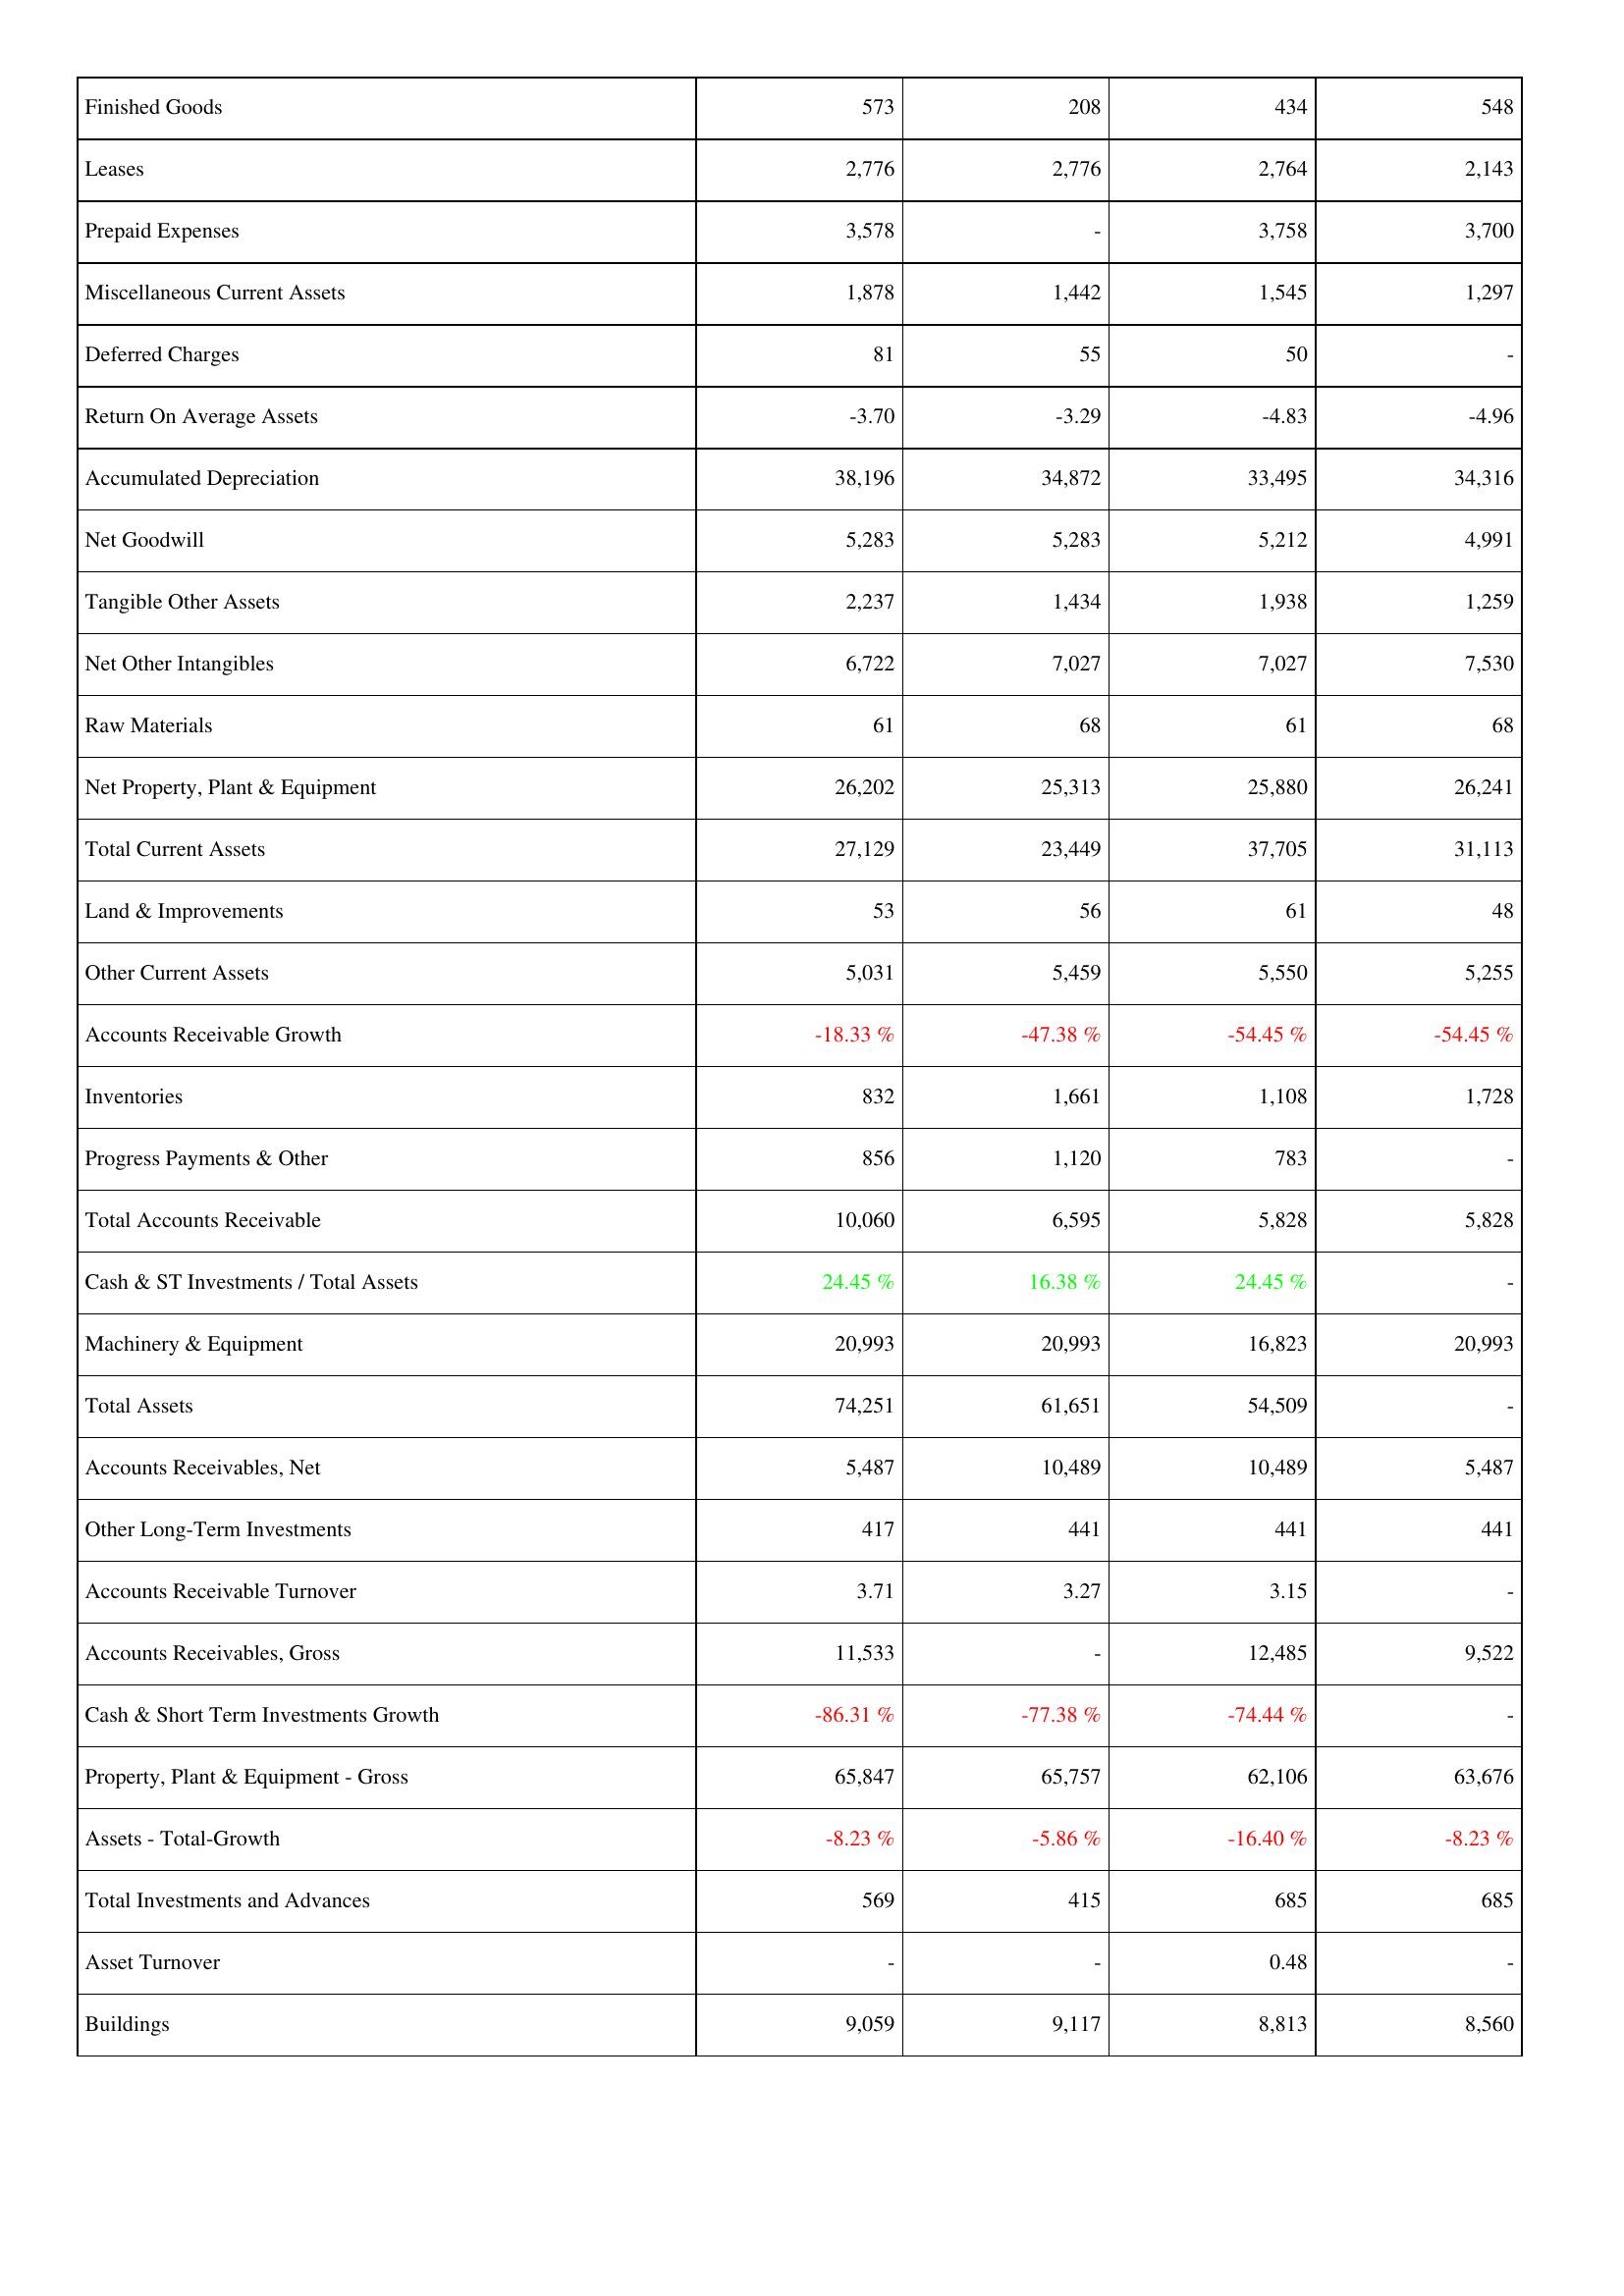
2013: Assets: Finished Goods: 573
Leases: 2,776
Prepaid Expenses: 3,578
Miscellaneous Current Assets: 1,878
Deferred Charges: 81
Return On Average Assets: -3.70
Accumulated Depreciation: 38,196
Net Goodwill: 5,283
Tangible Other Assets: 2,237
Net Other Intangibles: 6,722
Raw Materials: 61
Net Property, Plant & Equipment: 26,202
Total Current Assets: 27,129
Land & Improvements: 53
Other Current Assets: 5,031
Accounts Receivable Growth: -18.33 %
Inventories: 832
Progress Payments & Other: 856
Total Accounts Receivable: 10,060
Cash & ST Investments / Total Assets: 24.45 %
Machinery & Equipment: 20,993
Total Assets: 74,251
Accounts Receivables, Net: 5,487
Other Long-Term Investments: 417
Accounts Receivable Turnover: 3.71
Accounts Receivables, Gross: 11,533
Cash & Short Term Investments Growth: -86.31 %
Property, Plant & Equipment - Gross: 65,847
Assets - Total-Growth: -8.23 %
Total Investments and Advances: 569
Asset Turnover: -
Buildings: 9,059
2014: Assets: Finished Goods: 208
Leases: 2,776
Prepaid Expenses: -
Miscellaneous Current Assets: 1,442
Deferred Charges: 55
Return On Average Assets: -3.29
Accumulated Depreciation: 34,872
Net Goodwill: 5,283
Tangible Other Assets: 1,434
Net Other Intangibles: 7,027
Raw Materials: 68
Net Property, Plant & Equipment: 25,313
Total Current Assets: 23,449
Land & Improvements: 56
Other Current Assets: 5,459
Accounts Receivable Growth: -47.38 %
Inventories: 1,661
Progress Payments & Other: 1,120
Total Accounts Receivable: 6,595
Cash & ST Investments / Total Assets: 16.38 %
Machinery & Equipment: 20,993
Total Assets: 61,651
Accounts Receivables, Net: 10,489
Other Long-Term Investments: 441
Accounts Receivable Turnover: 3.27
Accounts Receivables, Gross: -
Cash & Short Term Investments Growth: -77.38 %
Property, Plant & Equipment - Gross: 65,757
Assets - Total-Growth: -5.86 %
Total Investments and Advances: 415
Asset Turnover: -
Buildings: 9,117
2015: Assets: Finished Goods: 434
Leases: 2,764
Prepaid Expenses: 3,758
Miscellaneous Current Assets: 1,545
Deferred Charges: 50
Return On Average Assets: -4.83
Accumulated Depreciation: 33,495
Net Goodwill: 5,212
Tangible Other Assets: 1,938
Net Other Intangibles: 7,027
Raw Materials: 61
Net Property, Plant & Equipment: 25,880
Total Current Assets: 37,705
Land & Improvements: 61
Other Current Assets: 5,550
Accounts Receivable Growth: -54.45 %
Inventories: 1,108
Progress Payments & Other: 783
Total Accounts Receivable: 5,828
Cash & ST Investments / Total Assets: 24.45 %
Machinery & Equipment: 16,823
Total Assets: 54,509
Accounts Receivables, Net: 10,489
Other Long-Term Investments: 441
Accounts Receivable Turnover: 3.15
Accounts Receivables, Gross: 12,485
Cash & Short Term Investments Growth: -74.44 %
Property, Plant & Equipment - Gross: 62,106
Assets - Total-Growth: -16.40 %
Total Investments and Advances: 685
Asset Turnover: 0.48
Buildings: 8,813
2016: Assets: Finished Goods: 548
Leases: 2,143
Prepaid Expenses: 3,700
Miscellaneous Current Assets: 1,297
Deferred Charges: -
Return On Average Assets: -4.96
Accumulated Depreciation: 34,316
Net Goodwill: 4,991
Tangible Other Assets: 1,259
Net Other Intangibles: 7,530
Raw Materials: 68
Net Property, Plant & Equipment: 26,241
Total Current Assets: 31,113
Land & Improvements: 48
Other Current Assets: 5,255
Accounts Receivable Growth: -54.45 %
Inventories: 1,728
Progress Payments & Other: -
Total Accounts Receivable: 5,828
Cash & ST Investments / Total Assets: -
Machinery & Equipment: 20,993
Total Assets: -
Accounts Receivables, Net: 5,487
Other Long-Term Investments: 441
Accounts Receivable Turnover: -
Accounts Receivables, Gross: 9,522
Cash & Short Term Investments Growth: -
Property, Plant & Equipment - Gross: 63,676
Assets - Total-Growth: -8.23 %
Total Investments and Advances: 685
Asset Turnover: -
Buildings: 8,560